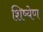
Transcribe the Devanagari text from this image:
शिष्येण